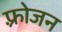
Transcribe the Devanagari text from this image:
फ़्रोजन